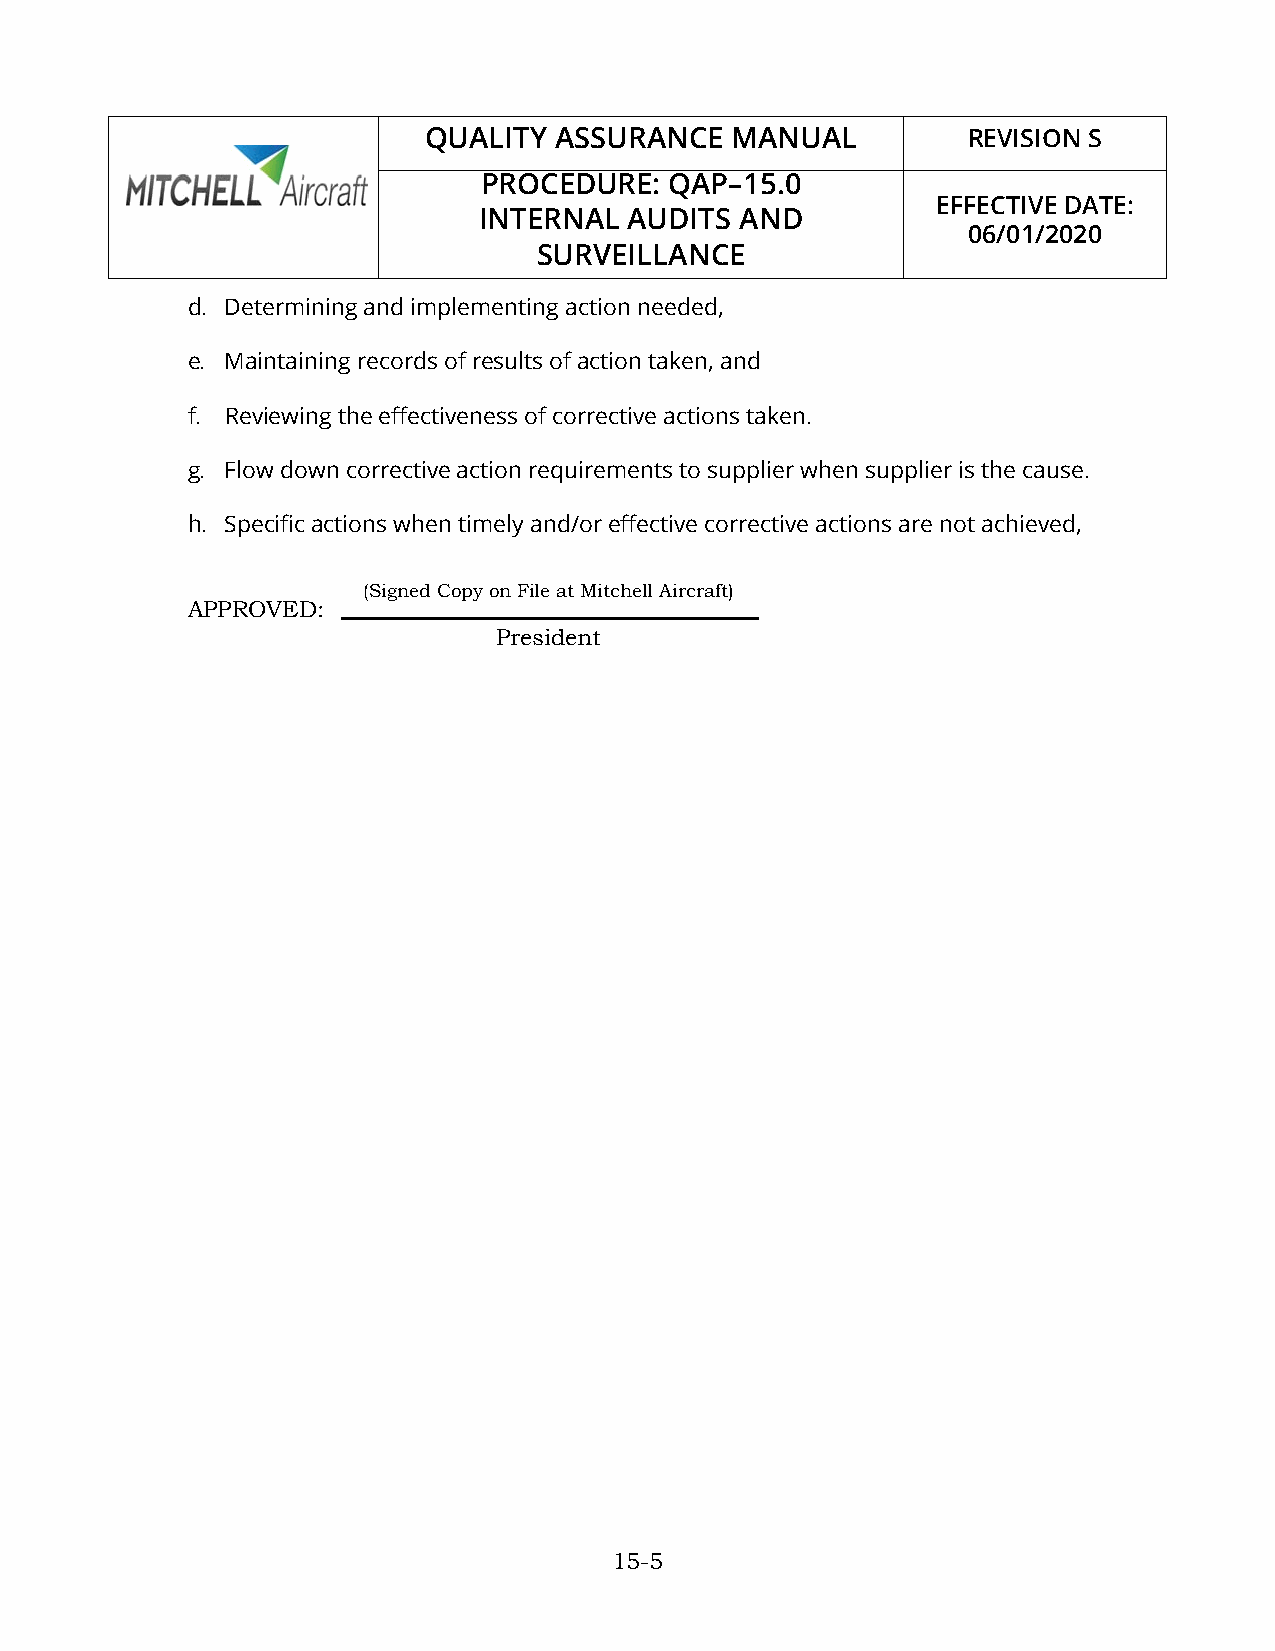
QUALITY  ASSURANCE  MANUAL          REVISION S
 PROCEDURE:  QAP–15.0
 EFFECTIVE DATE:
 INTERNAL  AUDITS AND
 06/01/2020
 SURVEILLANCE
 d. Determining and implementing action needed,
 e. Maintaining records of results of action taken, and
 f. Reviewing the effectiveness of corrective actions taken.
 g. Flow down corrective action requirements to supplier when supplier is the cause.
 h. Specific actions when timely and/or effective corrective actions are not achieved,
 (Signed Copy on File at Mitchell Aircraft)
 APPROVED:
 President
 15-5